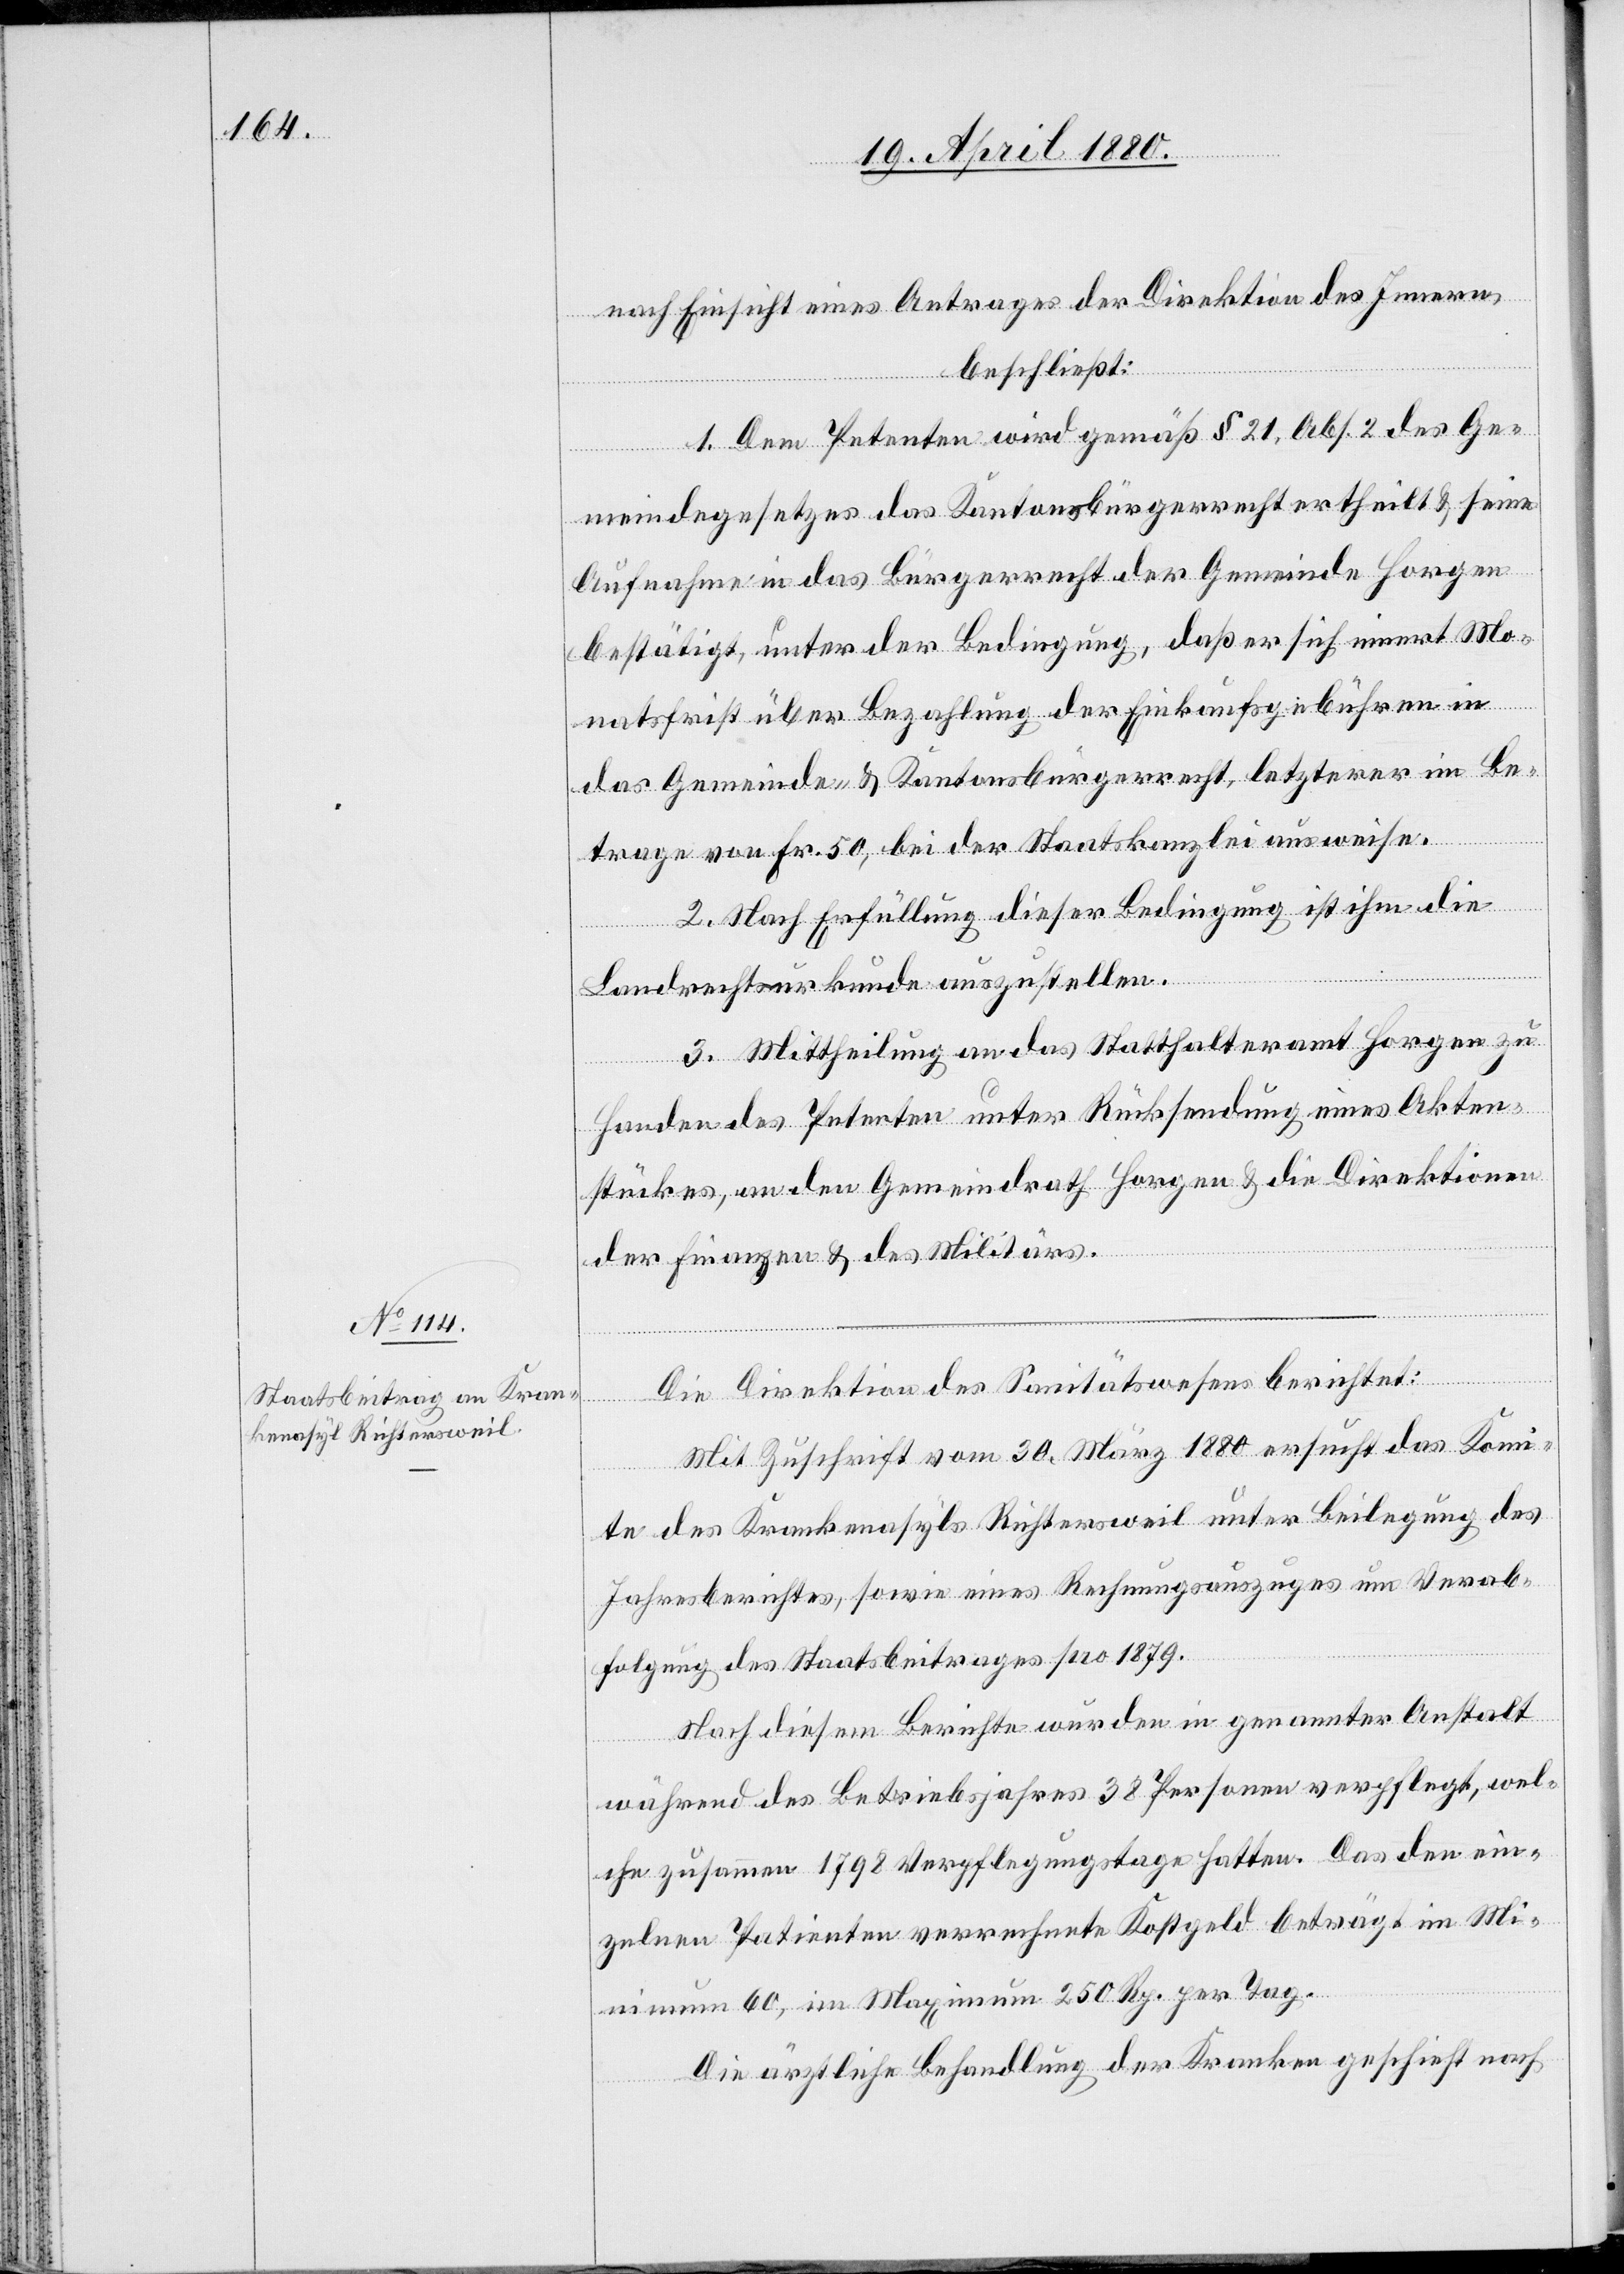
nach Einsicht eines Antrages der Direktion des Innern,
beschließt:
1. Dem Petenten wird gemäß § 21, Abs. 2 des Ge¬
meindegesetzes das Kantonsbürgerrecht ertheilt & seine
Aufnahme in das Bürgerrecht der Gemeinde Horgen
bestätigt, unter der Bedingung, daß er sich innert Mo¬
natsfrist über Bezahlung der Einkaufsgebühren in
das Gemeinde- & Kantonsbürgerrecht, letzterer im Be¬
trage von Fr. 50, bei der Staatskanzlei ausweise.
2. Nach Erfüllung dieser Bedingung ist ihm die
Landrechtsurkunde auszustellen.
3. Mittheilung an das Statthalteramt Horgen zu
Handen des Petenten unter Rücksendung eines Akten¬
stückes, an den Gemeindrath Horgen & an die Direktionen
der Finanzen & des Militärs.
Die Direktion des Sanitätswesens berichtet:
Mit Zuschrift vom 30. März 1880 ersucht das Komi¬
tee des Krankenasyls Richtersweil unter Beilegung des
Jahresberichtes, sowie eines Rechnungsauszuges um Verab¬
folgung des Staatsbeitrages pro 1879.
Nach diesem Berichte wurden in genannter Anstalt
während des Betriebsjahres 38 Personen verpflegt, wel¬
che zusammen 1798 Verpflegungstage hatten. Das den ein¬
zelnen Patienten verrechnete Kostgeld beträgt im Mi¬
nimum 60, im Maximum 250 Rp. per Tag.
Die ärztliche Behandlung der Kranken geschieht nach